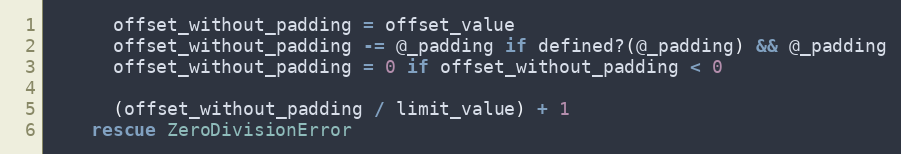
Language: Ruby
      offset_without_padding = offset_value
      offset_without_padding -= @_padding if defined?(@_padding) && @_padding
      offset_without_padding = 0 if offset_without_padding < 0

      (offset_without_padding / limit_value) + 1
    rescue ZeroDivisionError